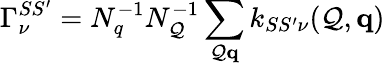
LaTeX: \Gamma_{\nu}^{SS^{\prime}}=N_{q}^{-1}N_{\mathcal{Q}}^{-1}\sum_{\mathbf{{\mathcal{Q}}}\mathbf{{q}}}k_{SS^{\prime}\nu}(\mathbf{{\mathcal{Q}}},\mathbf{{q}})